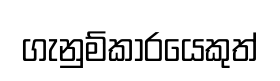
ගැනුම්කාරයෙකුත්